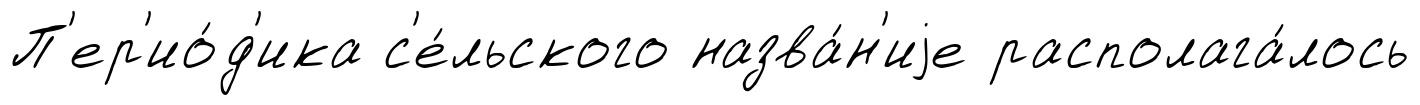
П'ер'ио́д'ика с'е́льского назва́н'иjе располага́лось